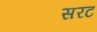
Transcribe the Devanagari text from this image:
सरट